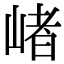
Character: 𡺐